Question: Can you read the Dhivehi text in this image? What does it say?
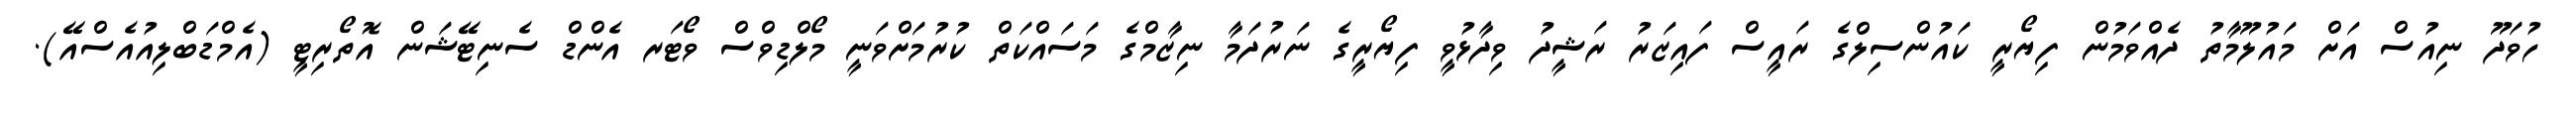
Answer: ހުވަދޫ ނިއުސް އަށް މައުލޫމާތު ދެއްވަމުން ފިޔޯރީ ކައުންސިލްގެ ރައީސް ފައިޒަރު ރަޝީދު ވިދާޅުވީ ފިޔޯރީގެ ނަރުދަމާ ނިޒާމްގެ މަސައްކަތް ކުރުމަށްވަނީ މޯލްޑިވްސް ވޯޓަރ އެންޑް ސެނިޓޭޝަން އޮތޯރިޓީ (އެމްޑަބްލިއުއެސްއޭ).